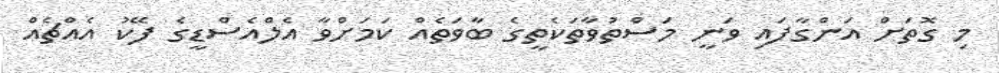
މި ގޮތަށް އަންގާފައި ވަނީ މަސްތުވާތަކެތީގެ ބާވަތެއް ކަމަށްވާ އެލްއެސްޑީގެ ފޭކު އެއްޗެއް